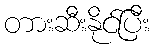
တားဆီးနိုင်ပြီး